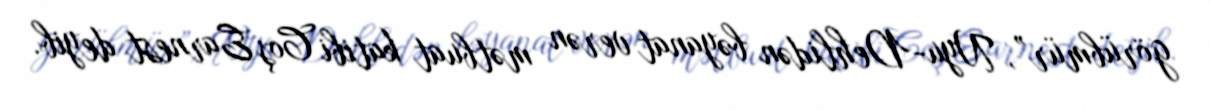
görübmür”, Nyu-Dehlidən bəyanat verən mətbuat katibi Coş Earnest deyib.